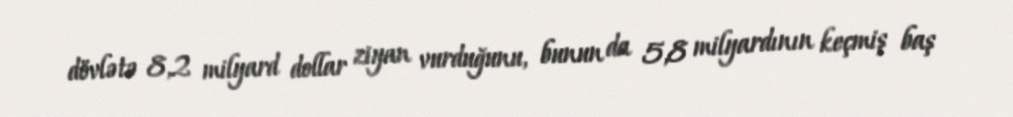
dövlətə 8,2 milyard dollar ziyan vurduğunu, bunun da 5,8 milyardının keçmiş baş